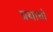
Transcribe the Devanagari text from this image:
प्रथायो